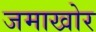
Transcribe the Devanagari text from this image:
जमाखोर